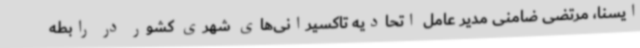
ایسنا، مرتضی ضامنی مدیر عامل اتحادیه تاکسیرانی‌های شهری کشور در رابطه